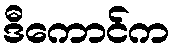
ဒီကောင်က